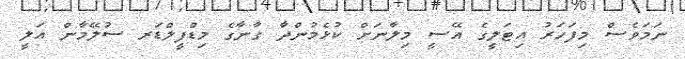
ނަމަވެސް މިފަހަރު އިޓަލީގެ އޭސީ މިލާނަށް ކުޅެމުންދާ ގާނާގެ މިޑްފީލްޑަރ ސުލޭމާން އަލީ